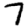
Digit: 7